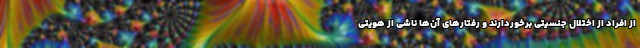
از افراد از اختلال جنسیتی برخوردارند و رفتارهای آن‌ها ناشی از هویتی